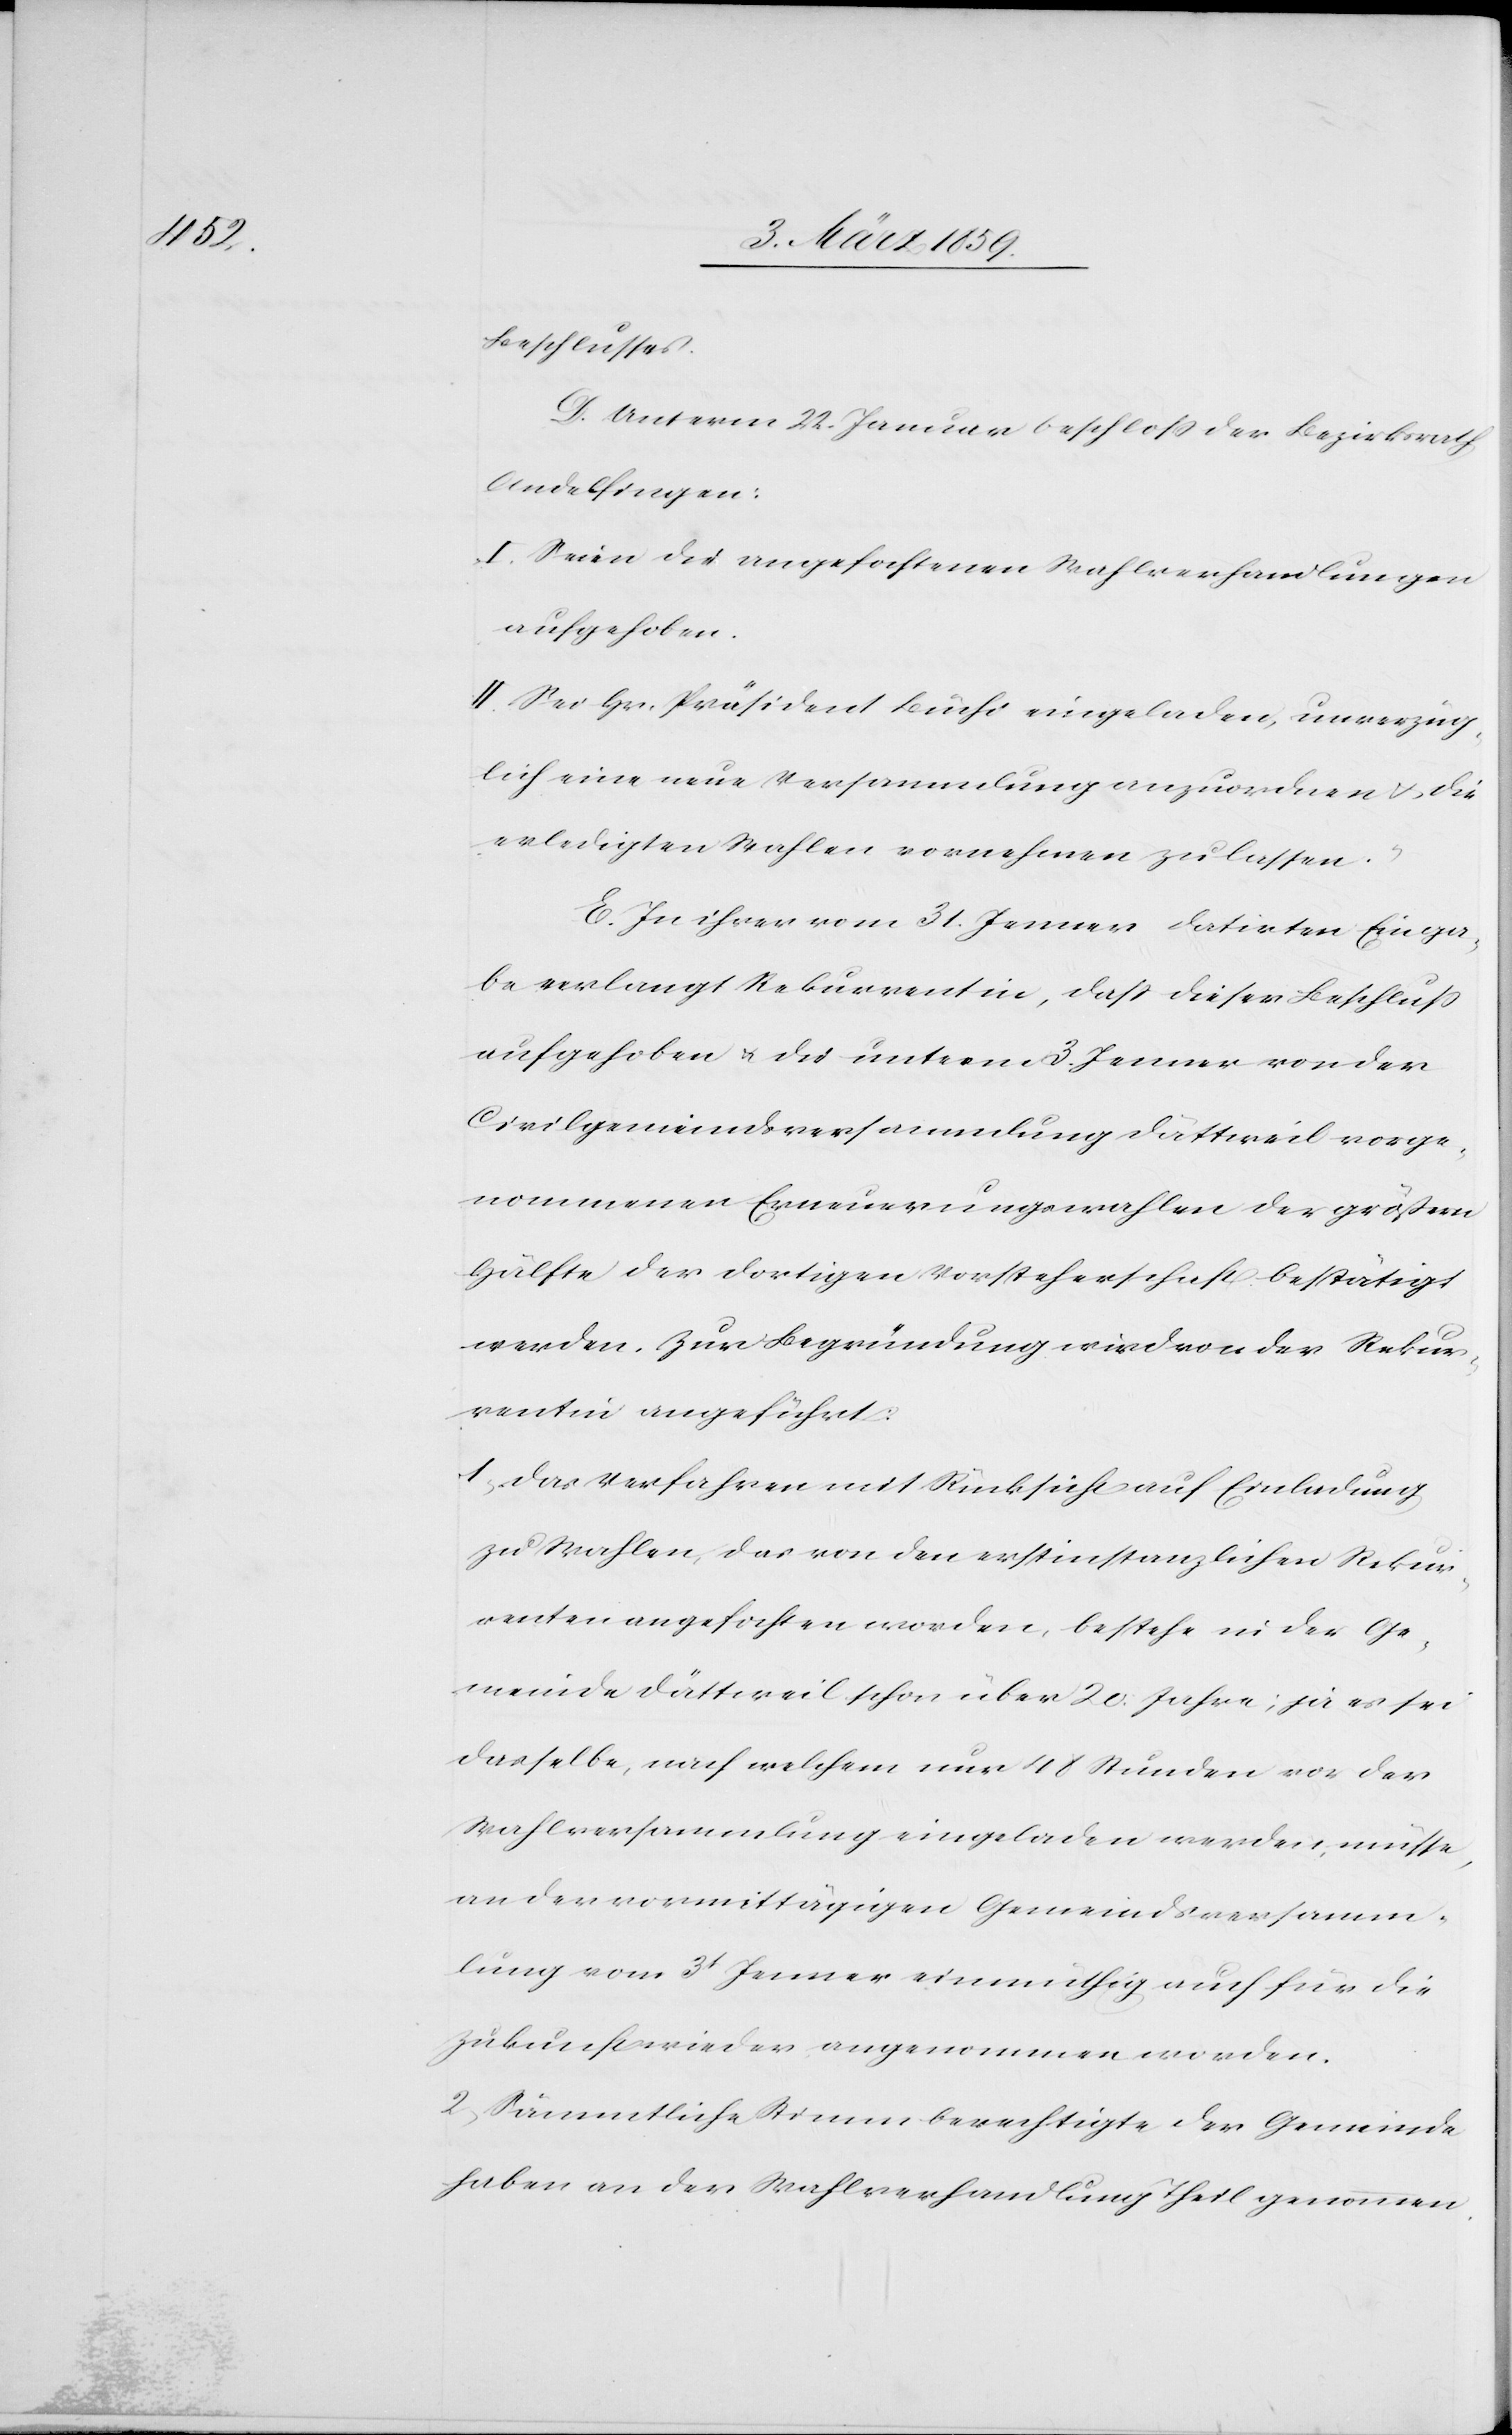
[ten]

Beschlusses.
D. Unterm 22. Januar beschloß der Bezirksrath
Andelfingen:
„I. Seien die angefochtenen Wahlverhandlungen
aufgehoben.
II. Sei Hr. Präsident Büchi eingeladen, unverzüg¬
lich eine neue Versammlung anzuordnen u. die
erledigten Wahlen vornehmen zu lassen.“
E. In ihrer vom 31. Januar datirten Einga¬
be verlangt Rekurrentin, daß dieser Beschluß
aufgehoben u. die unterm 3. Jenner von der
Civilgemeindeversammlung Dättweil vorge¬
nommenen Erneuerungswahlen der größern
Hälfte der dortigen Vorsteherschaft bestätigt
werden. Zur Begründung wird von der Rekur¬
rentin angeführt:
1) Das Verfahren mit Rücksicht auf Einladung
zu Wahlen, das von den erstinstanzlichen Rekur¬
renten angefochten worden, bestehe in der Ge¬
meinde Dättweil schon über 20 Jahre; ja es sei
dasselbe, nach welchem nur 45 Stunden vor der
Wahlversammlung eingeladen werden müsse,
an der vormittägigen Gemeindsversamm¬
lung vom 3t Jenner einmüthig auch für die
Zukunft wieder angenommen worden.
2) Sämmtliche Stimmberechtigte der Gemeinde
haben an der Wahlverhandlung Theil genommen.